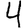
Digit: 4